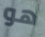
هو